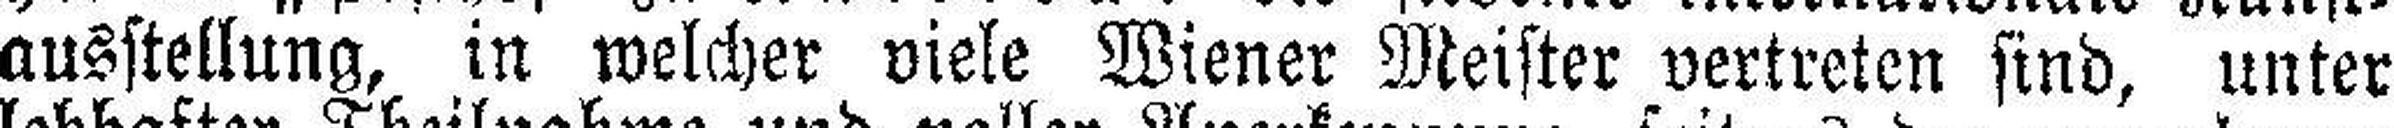
ausstellung, in welcher viele Wiener Meister vertreten sind, unter